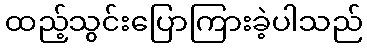
ထည့်သွင်းပြောကြားခဲ့ပါသည်